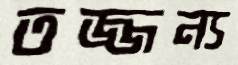
তজ্জন্য